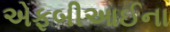
એફબીઆઈના